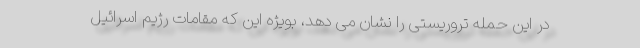
در این حمله تروریستی را نشان می دهد، بویژه این که مقامات رژیم اسرائیل